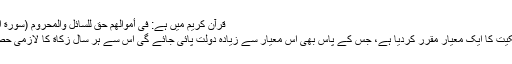
قرآن کریم میں ہے: فِیْ أَمْوَالِھِمْ حَقٌ لِلسَّائِلِ وَالْمَحْرُومِ (سورة المعارج ، آیت ۲۴، ۲۵)
اسلام نے ہر قسم کی ملکیت کا ایک معیار مقرر کردیا ہے، جس کے پاس بھی اس معیار سے زیادہ دولت پائی جائے گی اس سے ہر سال زکاة کا لازمی حصہ وصول کیا جائے گا۔